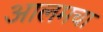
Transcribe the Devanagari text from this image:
आलमचा